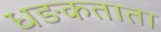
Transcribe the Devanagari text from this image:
धङकताता